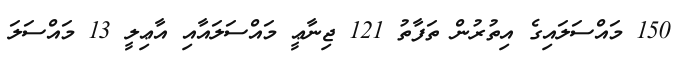
150 މައްސަލައިގެ އިތުރުން ތަފާތު 121 ޖިނާޢީ މައްސަލައާއި އާޢިލީ 13 މައްސަލަ